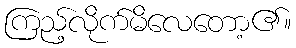
ကြည့်လိုက်မိလေတော့၏။